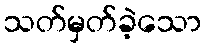
သတ်မှတ်ခဲ့သော